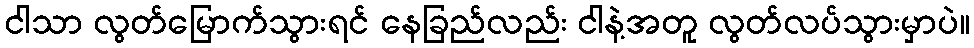
ငါသာ လွတ်မြောက်သွားရင် နေခြည်လည်း ငါနဲ့အတူ လွတ်လပ်သွားမှာပဲ။